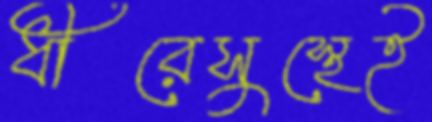
ধীরেসুস্থেই